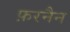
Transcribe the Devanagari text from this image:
फ़रनैन